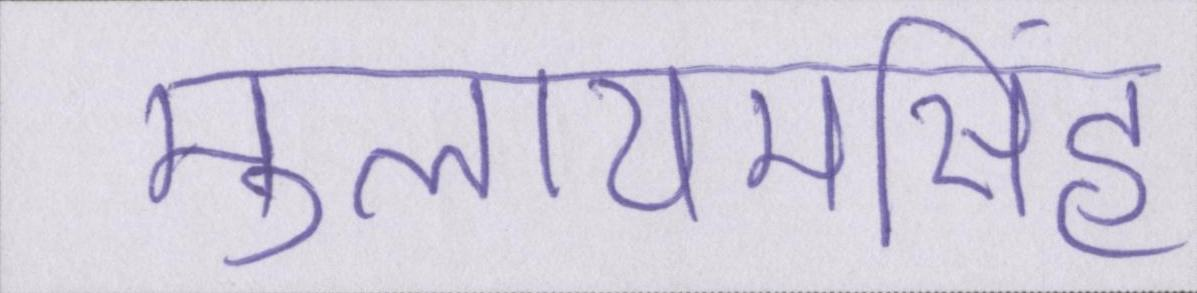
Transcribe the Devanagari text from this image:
मुलायमसिंह